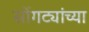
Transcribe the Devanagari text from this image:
सोंगट्यांच्या